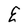
Character: E